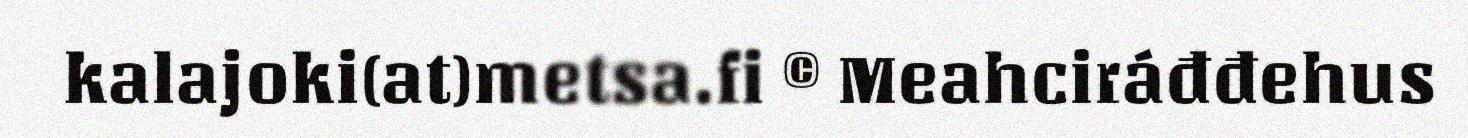
kalajoki(at)metsa.fi © Meahciráđđehus